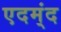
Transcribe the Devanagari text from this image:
एदम्ंद